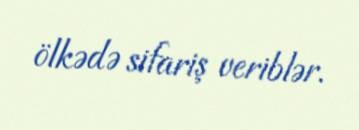
ölkədə sifariş veriblər.